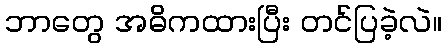
ဘာတွေ အဓိကထားပြီး တင်ပြခဲ့လဲ။